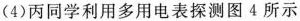
(4)丙同学利用多用电表探测图4所示同学利用多用电表探测图4所示